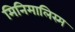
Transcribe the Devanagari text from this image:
मिनिमालिस्म